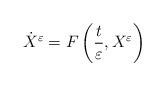
LaTeX: \begin{align*}\dot{X}^{\varepsilon}=F\left(\frac{t}{\varepsilon},X^{\varepsilon}\right)\end{align*}